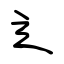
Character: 辶